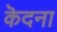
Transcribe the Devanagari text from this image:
कॆदना